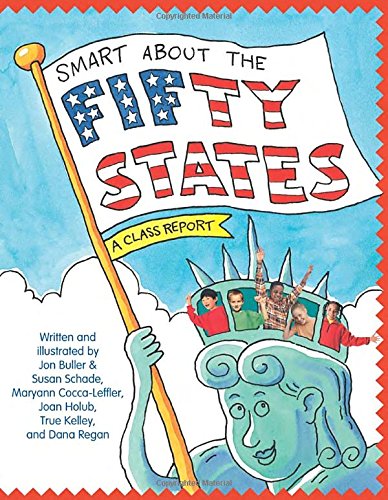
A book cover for Smart About the Fifty States (Smart About History); Jon Buller; Children's Books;